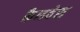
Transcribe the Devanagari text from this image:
कैनवेस